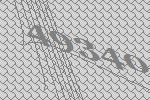
49340